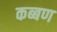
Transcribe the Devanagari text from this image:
कब्बण